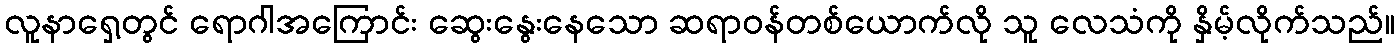
လူနာရှေ့တွင် ရောဂါအကြောင်း ဆွေးနွေးနေသော ဆရာဝန်တစ်ယောက်လို သူ လေသံကို နှိမ့်လိုက်သည်။